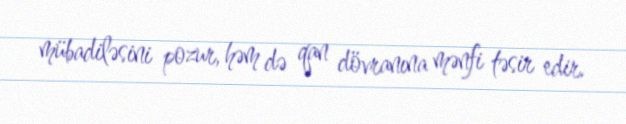
mübadiləsini pozur, həm də qan dövranına mənfi təsir edir.